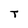
Character: T